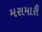
મરામારી